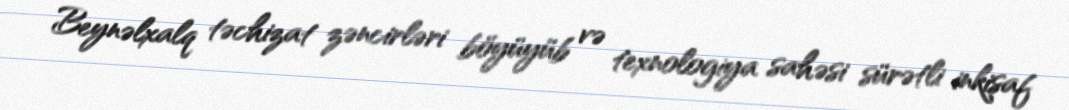
Beynəlxalq təchizat zəncirləri böyüyüb və texnologiya sahəsi sürətli inkişaf